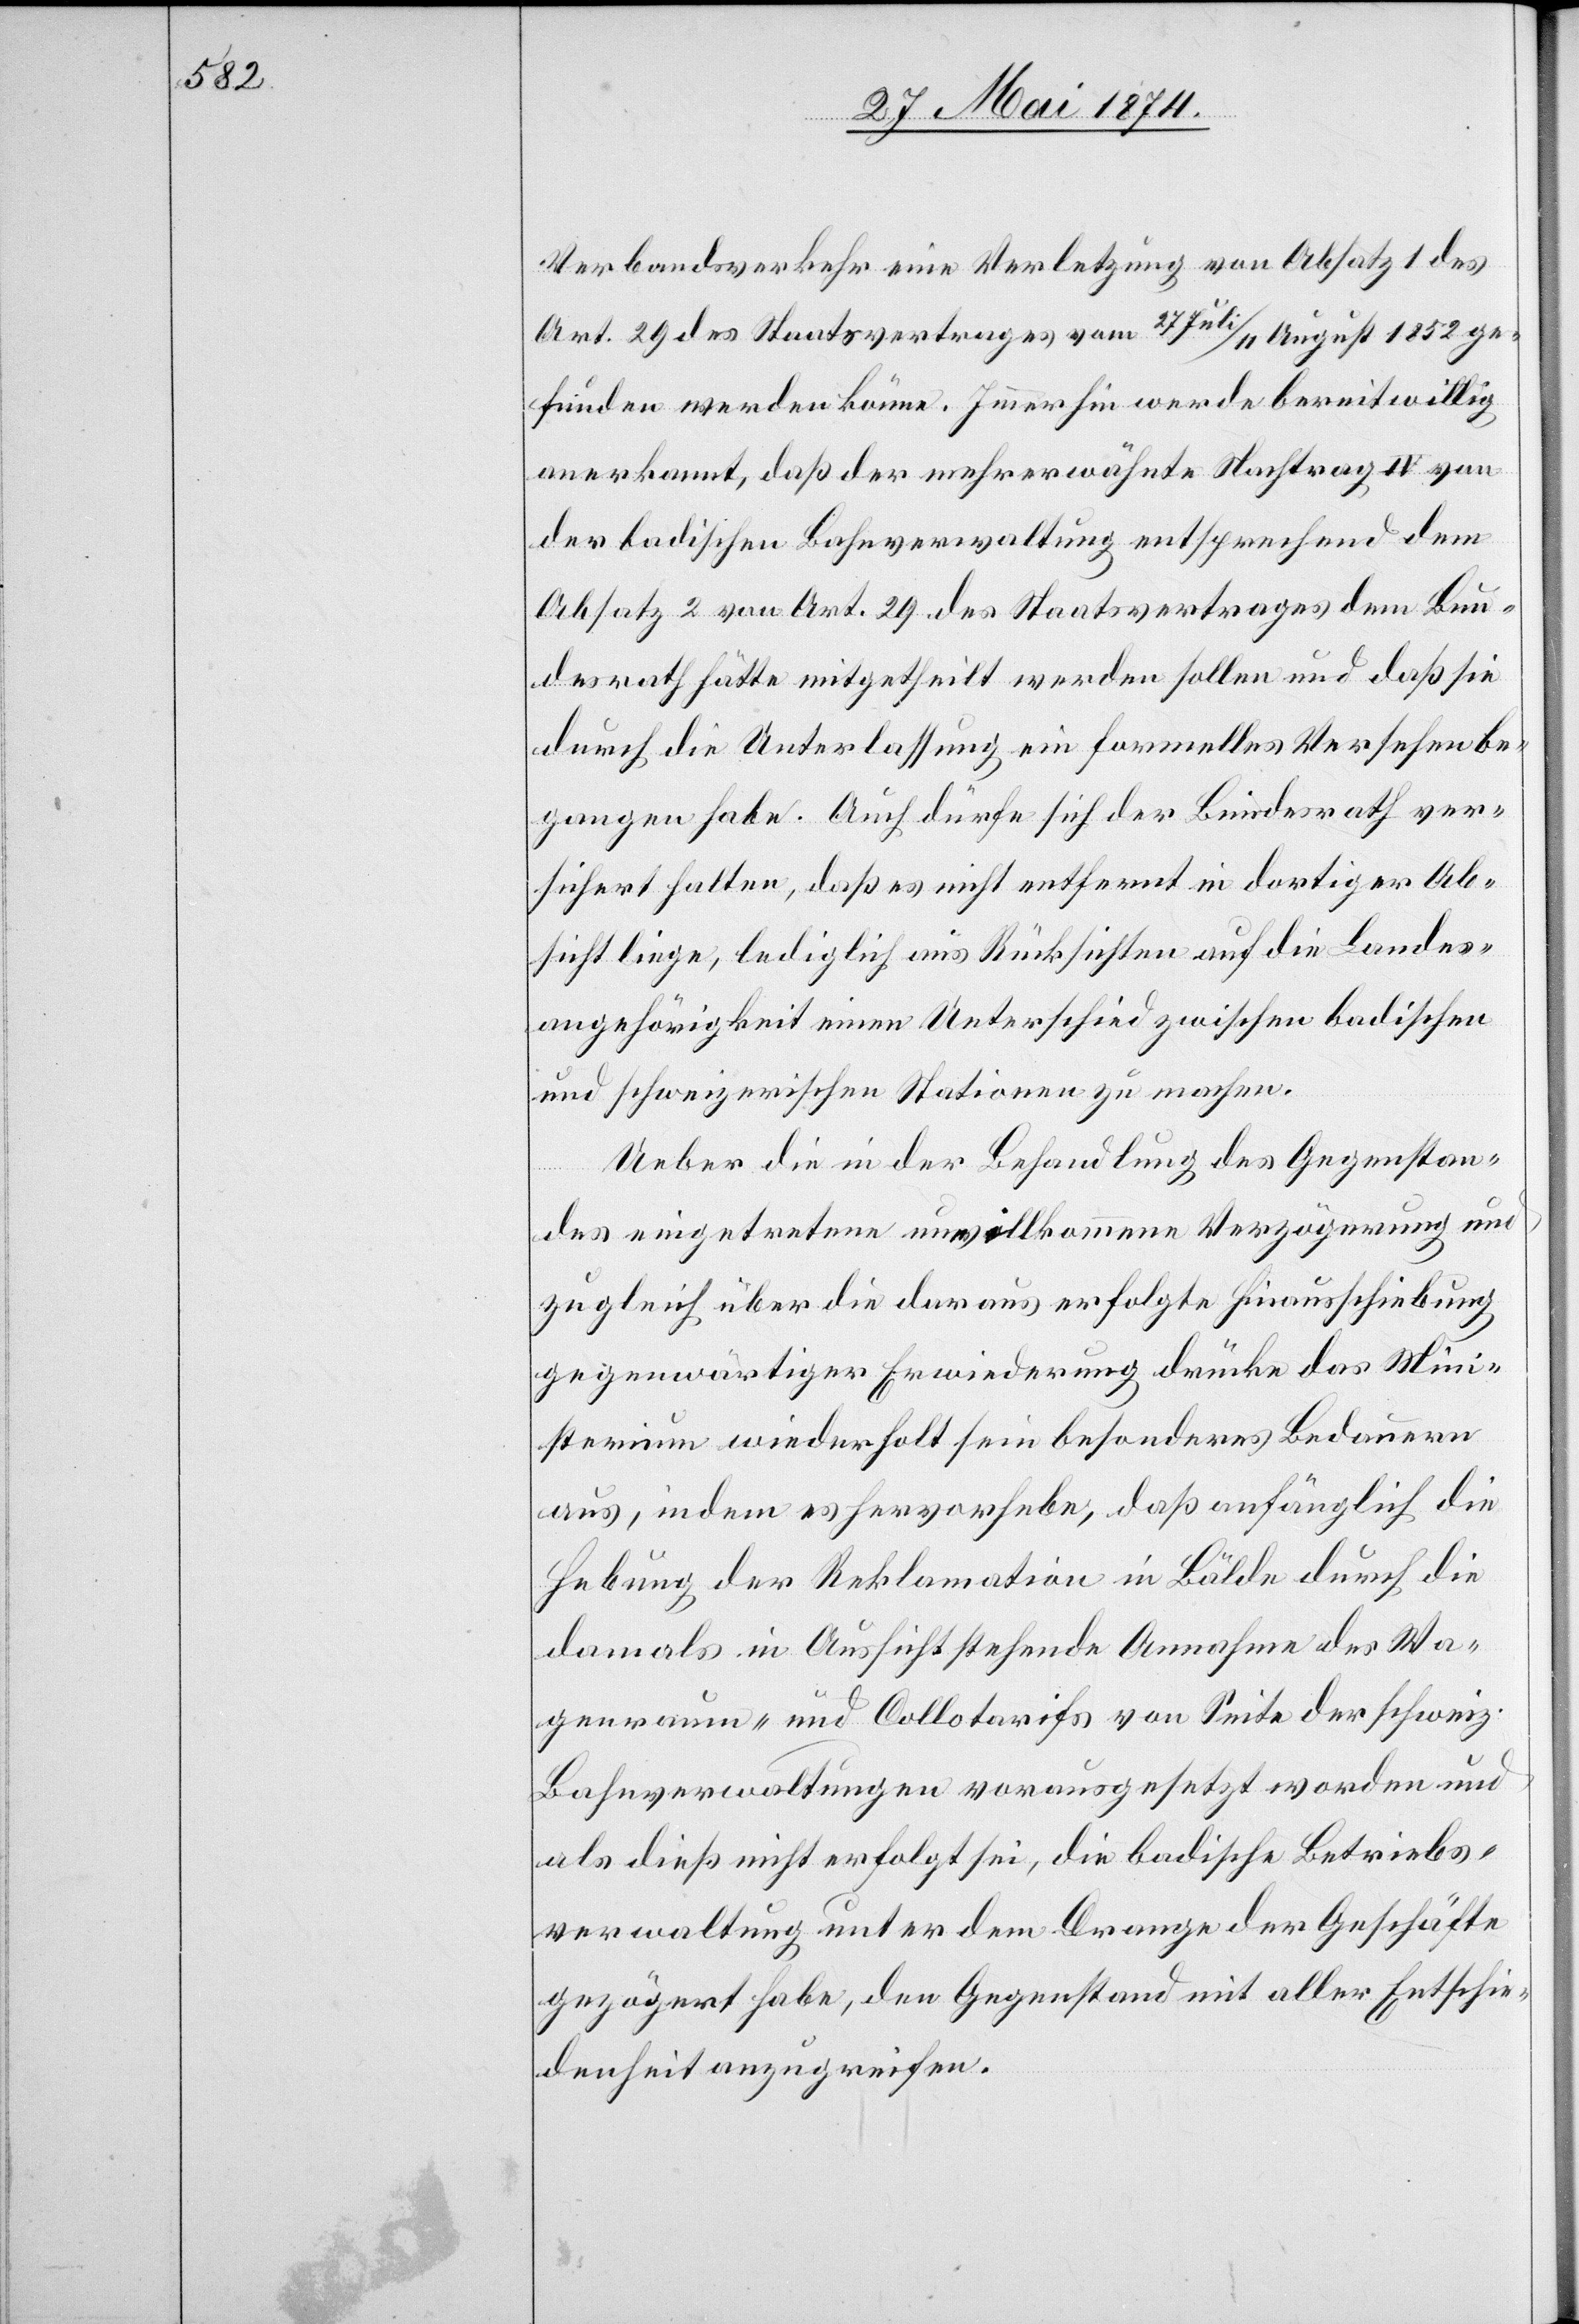
Verbandsverkehr eine Verletzung von Absatz 1 des
Art. 29 des Staatsvertrages vom 27. Juli/11. August 1852 ge¬
funden werden könne. Immerhin werde bereitwillig
anerkannt, daß der mehrerwähnte Nachtrag IV von
der badischen Bahnverwaltung entsprechend dem
Absatz 2 von Art. 29 des Staatsvertrages dem Bun¬
desrath hätte mitgetheilt werden sollen und daß sie
durch die Unterlassung ein formelles Versehen be¬
gangen habe. Auch dürfe sich der Bundesrath ver¬
sichert halten, daß es nicht entfernt in dortiger Ab¬
sicht liege, lediglich aus Rücksichten auf die Landes¬
angehörigkeit einen Unterschied zwischen badischen
und schweizerischen Stationen zu machen.
Ueber die in der Behandlung des Gegenstan¬
des eingetretene unwillkommene Verzögerung und
zugleich über die daraus erfolgte Hinausschiebung
gegenwärtiger Erwiederung drücke das Mini¬
sterium wiederholt sein besonderes Bedauern
aus, in dem es hervorhebe, daß anfänglich die
Hebung der Reklamation in Bälde durch die
damals in Aussicht stehende Annahme des Wa¬
genraum- und Collotarifs von Seite der schweiz.
Bahnverwaltungen vorausgesetzt worden und
als dieß nicht erfolgt sei, die badische Betriebs¬
verwaltung unter dem Drange der Geschäfte
gezögert habe, den Gegenstand mit aller Entschie¬
denheit anzugreifen.